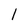
Character: 1